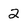
Character: 2